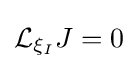
{\mathcal {L}}_{\xi _{I}}J=0